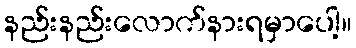
နည်းနည်းလောက်နားရမှာပေါ့။